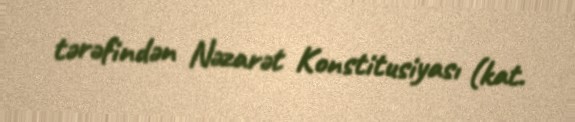
tərəfindən Nəzarət Konstitusiyası (kat.